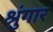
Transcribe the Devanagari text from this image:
श्रुंगार